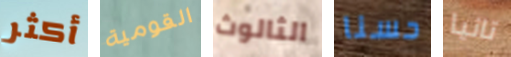
أكثر القومية الثالوث حسنا تانيا